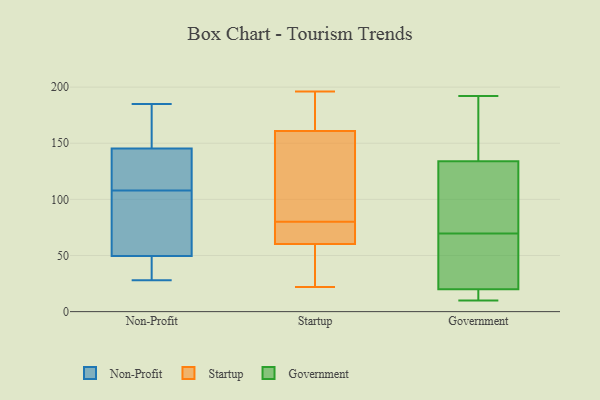
{"axis": {"x": "Customer Acquisition Cost (USD)", "y": "Value"}, "legend": ["Government", "Non-Profit", "Startup"], "data": [{"x": "", "y": 122, "type": "Non-Profit"}, {"x": "", "y": 151, "type": "Non-Profit"}, {"x": "", "y": 185, "type": "Non-Profit"}, {"x": "", "y": 54, "type": "Non-Profit"}, {"x": "", "y": 181, "type": "Non-Profit"}, {"x": "", "y": 128, "type": "Non-Profit"}, {"x": "", "y": 161, "type": "Non-Profit"}, {"x": "", "y": 28, "type": "Non-Profit"}, {"x": "", "y": 37, "type": "Non-Profit"}, {"x": "", "y": 122, "type": "Non-Profit"}, {"x": "", "y": 48, "type": "Non-Profit"}, {"x": "", "y": 108, "type": "Non-Profit"}, {"x": "", "y": 65, "type": "Non-Profit"}, {"x": "", "y": 103, "type": "Non-Profit"}, {"x": "", "y": 40, "type": "Non-Profit"}, {"x": "", "y": 190, "type": "Startup"}, {"x": "", "y": 158, "type": "Startup"}, {"x": "", "y": 162, "type": "Startup"}, {"x": "", "y": 127, "type": "Startup"}, {"x": "", "y": 78, "type": "Startup"}, {"x": "", "y": 42, "type": "Startup"}, {"x": "", "y": 73, "type": "Startup"}, {"x": "", "y": 196, "type": "Startup"}, {"x": "", "y": 80, "type": "Startup"}, {"x": "", "y": 56, "type": "Startup"}, {"x": "", "y": 22, "type": "Startup"}, {"x": "", "y": 73, "type": "Government"}, {"x": "", "y": 175, "type": "Government"}, {"x": "", "y": 66, "type": "Government"}, {"x": "", "y": 48, "type": "Government"}, {"x": "", "y": 10, "type": "Government"}, {"x": "", "y": 192, "type": "Government"}, {"x": "", "y": 149, "type": "Government"}, {"x": "", "y": 14, "type": "Government"}, {"x": "", "y": 73, "type": "Government"}, {"x": "", "y": 10, "type": "Government"}, {"x": "", "y": 134, "type": "Government"}, {"x": "", "y": 119, "type": "Government"}, {"x": "", "y": 40, "type": "Government"}, {"x": "", "y": 20, "type": "Government"}]}